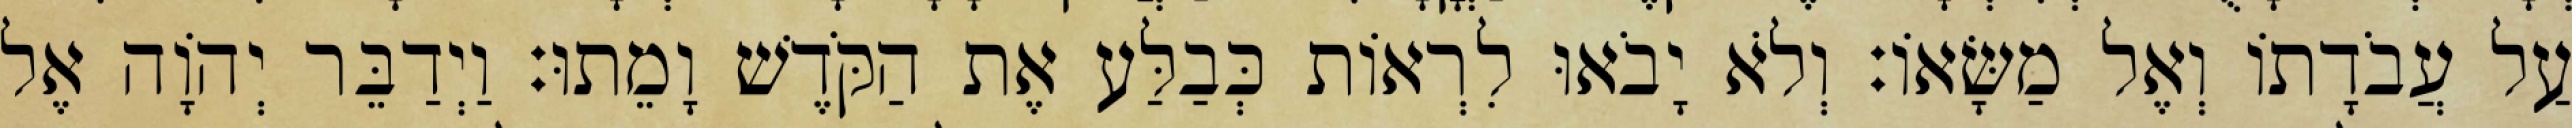
עַל עֲבֹדָתוֹ וְאֶל מַשָּׂאוֹ׃ וְלֹא יָבֹאוּ לִרְאוֹת כְּבַלַּע אֶת הַקֹּדֶשׁ וָמֵתוּ׃ וַיְדַבֵּר יְהוָֹה אֶל